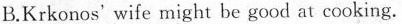
B.Krkonos' wife might be good at cooking.